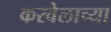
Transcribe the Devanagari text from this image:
करवेलाच्या